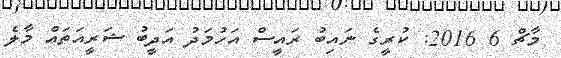
މާޗް 6 2016: ކުރީގެ ނައިބު ރައީސް އަހުމަދު އަދީބު ޝަރީއަތައް މާލެ